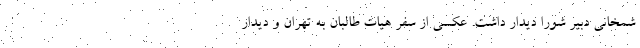
شمخانی دبیر شورا دیدار داشت. عکسی از سفر هیات طالبان به تهران و دیدار